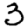
Digit: 3